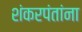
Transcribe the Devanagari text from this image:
शंकरपंतांना